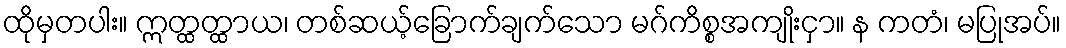
ထိုမှတပါး။ ဣတ္ထတ္ထာယ၊ တစ်ဆယ့်ခြောက်ချက်သော မဂ်ကိစ္စအကျိုးငှာ။ န ကတံ၊ မပြုအပ်။